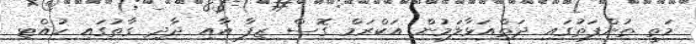
މަތީ ތުންފަތުގައި ދަތްއަޅާލަމުން އަކްރަމް ގޮސް ޒިފާ އާއި ދާދި ގާތުގައި ހުއްޓި